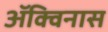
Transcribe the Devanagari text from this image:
ॲक्विनास